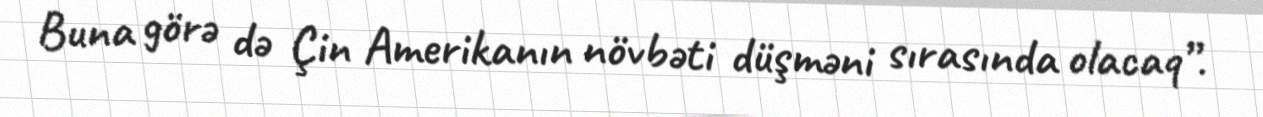
Buna görə də Çin Amerikanın növbəti düşməni sırasında olacaq”.